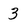
Character: 3